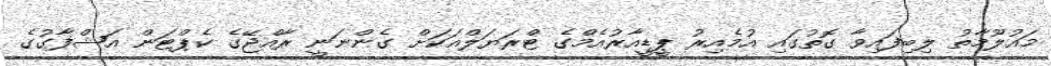
މައުލޫމާތު ލިބިފައިވާ ގޮތުގައި އުމެއިރު ޕީޑީއާރުއެމްގެ ޓްރަޔަލްއަކަށް ގެންނަނީ ރާއްޖޭގެ ކެޕްޓަން އަޝްފާގުގެ